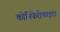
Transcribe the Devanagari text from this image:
कोनिफेरोफाइटा